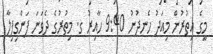
މީގެ އިތުރުން މިއަދު ހެނދުނު 9:40 ހާއިރު ގ. މިތުރުގެ ދެވަނަ ފަންގިފިލާ